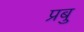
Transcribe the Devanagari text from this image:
प्रबु